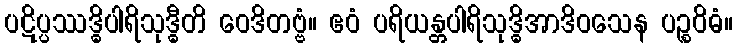
ပဋိပ္ပဿဒ္ဓိပါရိသုဒ္ဓီတိ ဝေဒိတဗ္ဗံ။ ဧဝံ ပရိယန္တပါရိသုဒ္ဓိအာဒိဝသေန ပဉ္စဝိဓံ။